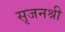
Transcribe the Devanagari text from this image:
सृजनश्री